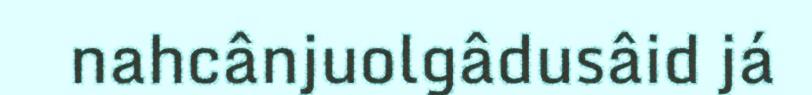
nahcânjuolgâdusâid já